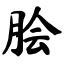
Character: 脍